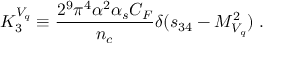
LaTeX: { \cal K } _ { 3 } ^ { V _ { q } } \equiv { \frac { 2 ^ { 9 } \pi ^ { 4 } \alpha ^ { 2 } \alpha _ { s } C _ { F } } { n _ { c } } } \delta ( s _ { 3 4 } - M _ { V _ { q } } ^ { 2 } ) \; .